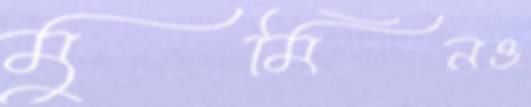
মুমিনও